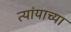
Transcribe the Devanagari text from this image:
त्यांयाच्या